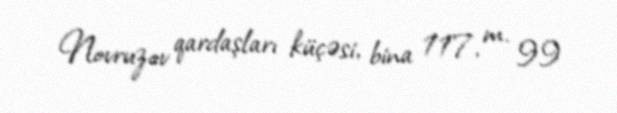
Novruzov qardaşları küçəsi, bina 117, m. 99